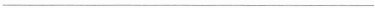
___